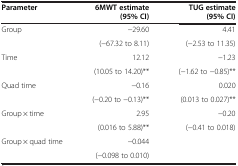
| Parameter | 6MWT estimate (95% CI) | TUG estimate (95% CI) |
 | --- | --- | --- |
 | <ROWSPAN=2> Group | −29.60 | 4.41 |
 | (−67.32 to 8.11) | (−2.53 to 11.35) |
 | <ROWSPAN=2> Time | 12.12 | −1.23 |
 | (10.05 to 14.20)** | (−1.62 to −0.85)** |
 | <ROWSPAN=2> Quad time | −0.16 | 0.020 |
 | (−0.20 to −0.13)** | (0.013 to 0.027)** |
 | <ROWSPAN=2> Group × time | 2.95 | −0.20 |
 | (0.016 to 5.88)** | (−0.41 to 0.018) |
 | Group × quad time | −0.044 |  |
 |  | (−0.098 to 0.010) |  |